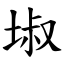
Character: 埱